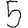
Digit: 5